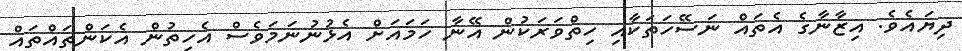
ދިޔައެވެ. އިޒާނާގެ އެތައް ނަސޭހަތަކާއި ހިތްވަރަކުން އޭނާ ހަމައަށް އެޅުނުނަމަވެސް އެހިތުން އެކަންތައްތައް